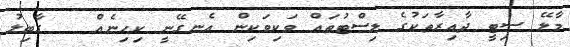
މާލޭ ސިޓީ ދާއިރާތަކުގެ ލިސްޓުތައް ވަކިވަކިން އެނގޭނީ ކިހިނެއް   ގާބިލު